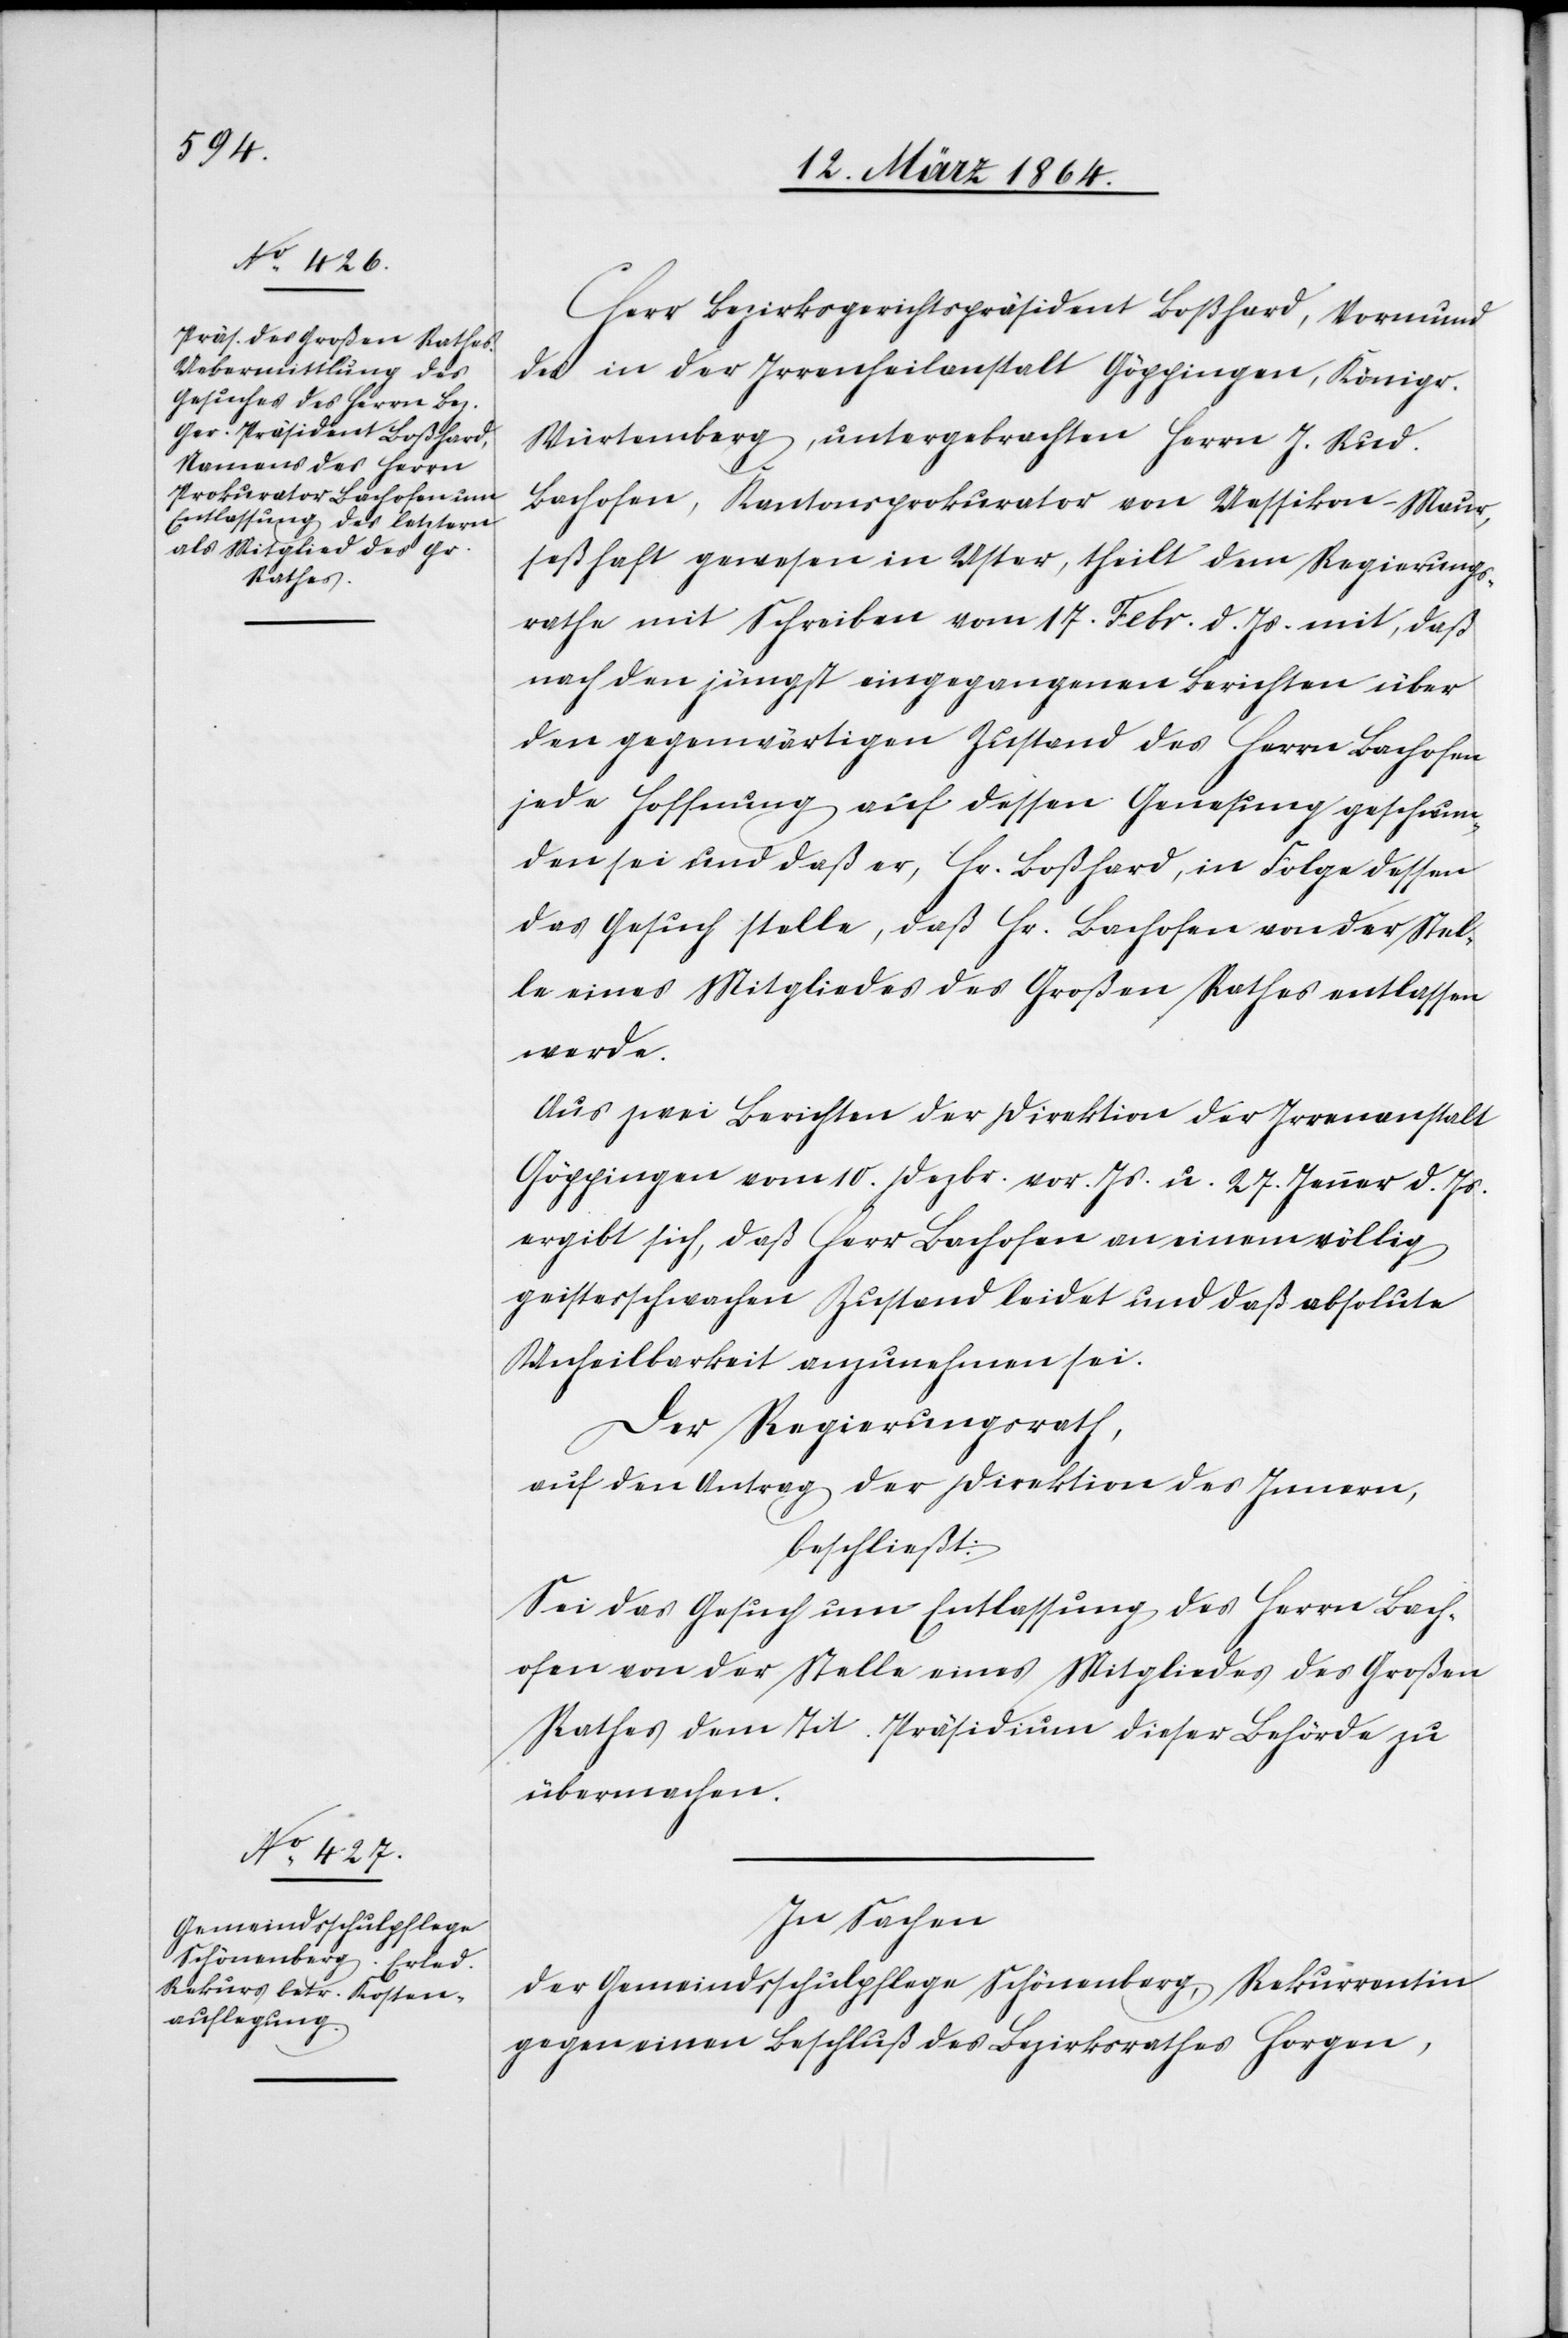
Herr Bezirksgerichtspräsident Boßhard, Vormund
des in der Irrenheilanstalt Göppingen, Königr.
Würtemberg, untergebrachten Herrn J. Rud.
Bachofen, Kantonsprokurator von Uessikon-Maur,
seßhaft gewesen in Uster, theilt dem Regierungs¬
rathe mit Schreiben vom 17. Febr. d. Js. mit, daß
nach den jüngst eingegangenen Berichten über
den gegenwärtigen Zustand des Herrn Bachofen
jede Hoffnung auf dessen Genesung geschwun¬
den sei und daß er, Hr. Boßhard, in Folge dessen
das Gesuch stelle, daß Hr. Bachofen von der Stel¬
le eines Mitgliedes des Großen Rathes entlassen
werde.
Aus zwei Berichten der Direktion der Irrenanstalt
Göppingen vom 10. Dezbr. vor. Js. u. 27. Jenner d. Js.
ergibt sich, daß Herr Bachofen an einem völlig
geistesschwachen Zustand leidet und daß absolute
Unheilbarkeit anzunehmen sei.
Der Regierungsrath,
auf den Antrag der Direktion des Innern,
beschließt:
Sei das Gesuch um Entlassung des Herrn Bach¬
ofen von der Stelle eines Mitgliedes des Großen
Rathes dem Tit. Präsidenten dieser Behörde zu
übermachen.
In Sachen
der Gemeindsschulpflege Schönenberg, Rekurrentin
gegen einen Beschluß des Bezirksrathes Horgen,